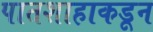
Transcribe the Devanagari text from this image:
पातशाहाकडून